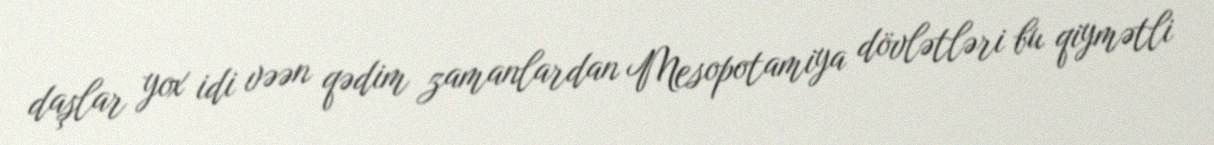
daşlar yox idi vəən qədim zamanlardan Mesopotamiya dövlətləri bu qiymətli